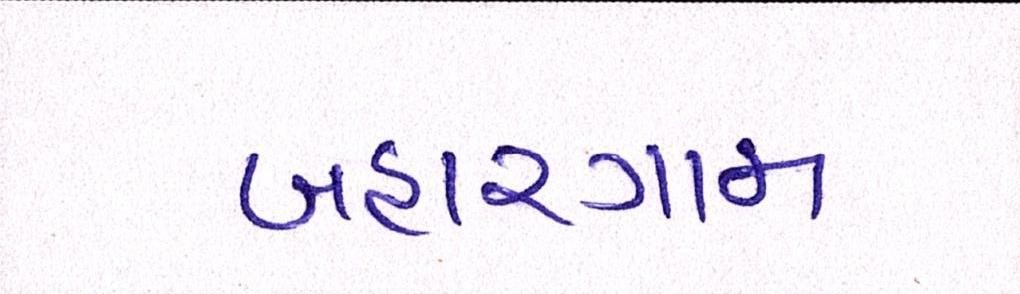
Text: બહારગામ